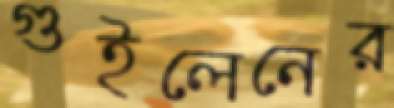
গুইলেনের